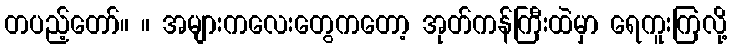
တပည့်တော်။ ။ အများကလေးတွေကတော့ အုတ်ကန်ကြီးထဲမှာ ရေကူးကြလို့